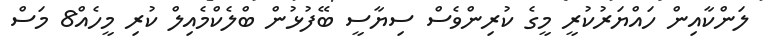
ލަންކާއިން ހައްޔަރުކުރީ މީގެ ކުރިންވެސް ސިޔާސީ ބޭފުޅުން ބްލެކްމެއިލް ކުރި މީހެއް8 މަސް